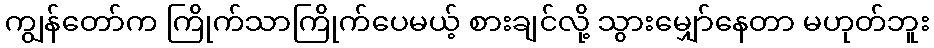
ကျွန်တော်က ကြိုက်သာကြိုက်ပေမယ့် စားချင်လို့ သွားမျှော်နေတာ မဟုတ်ဘူး